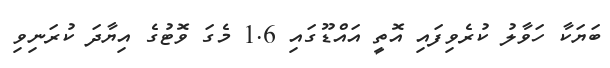
ބަޔަކާ ހަވާލު ކުރެވިފައި އޮތީ އައްޑޫގައި 1.6 މެގަ ވޮޓުގެ އިޔާދަ ކުރަނިވި